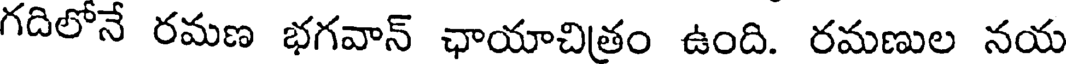
గదిలోనే రమణ భగవాన్ ఛాయాచిత్రం ఉంది. రమణుల నయ